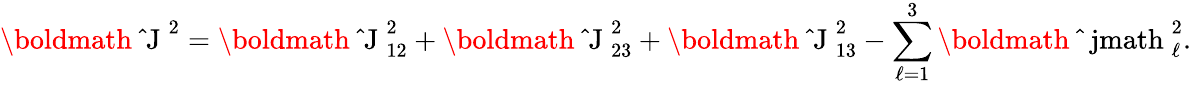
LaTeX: {\mathrm{\boldmath~\hat{~}J~}}^{2}={\mathrm{\boldmath~\hat{~}J~}}_{12}^{2}+{\mathrm{\boldmath~\hat{~}J~}}_{23}^{2}+{\mathrm{\boldmath~\hat{~}J~}}_{13}^{2}-\sum_{\ell=1}^{3}{\mathrm{\boldmath~\hat{~}\ jmath~}}_{\ell}^{2}.